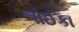
નોઈકા